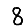
Digit: 8